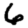
Digit: 6